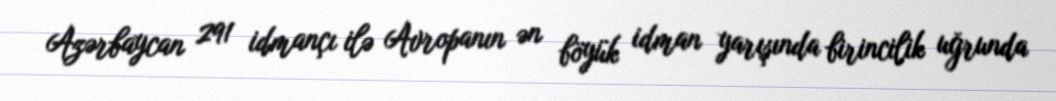
Azərbaycan 291 idmançı ilə Avropanın ən böyük idman yarışında birincilik uğrunda